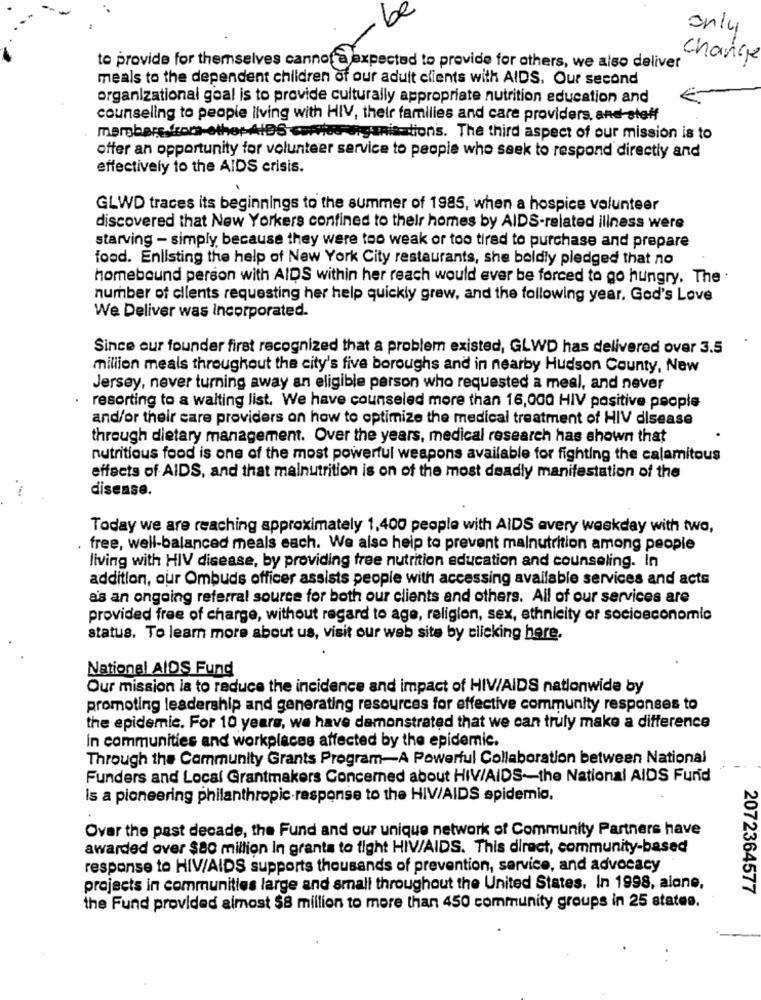
be
3
Change
to provide for themselves cannot à expected to provide for others, we also deliver
meals to the dependent children of our adult clients with AIDS. Our second
organizational goal is to provide culturally appropriate nutrition education and
counseling to people living with HIV, their families and care providers, and stoff
mergbare.from-other AIDS somlos organisation's. The third aspect of our mission is to
offer an opportunity for volunteer service to people who seek to respond directly and
effectively to the AIDS crisis.
GLWD traces its beginnings to the summer of 1985, when a hospice volunteer
discovered that New Yorkers confined to their homes by AIDS-related illness were
starving - simply because they were too weak or too tired to purchase and prepare
food. Enlisting the help of New York City restaurants, she boldly pledged that no
homebound person with AIDS within her reach would ever be forced to go hungry. The .
number of clients requesting her help quickly grew, and the following year. God's Love
We Deliver was Incorporated.
Since our founder first recognized that a problem existed, GLWD has delivered over 3.5
million meals throughout the city's five boroughs and in nearby Hudson County, New
Jersey, never turning away an eligible person who requested a meal, and never
resorting to a waiting list. We have counseled more than 16,000 HIV positive people
and/or their care providers on how to optimize the medical treatment of HIV disease
through dietary management. Over the years, medical research has shown that
nutritious food is one of the most powerful weapons available for fighting the calamitous
effects of AIDS, and that malnutrition is on of the most deadly manifestation of the
disease.
Today we are reaching approximately 1,400 people with AIDS avery weekday with two,
free, well-balanced meals each. We also help to prevent malnutrition among people
living with HIV disease, by providing free nutrition education and counseling. In
addition, our Ombuds officer assists people with accessing available services and acts
as an ongoing referral source for both our clients and others. All of our services are
provided free of charge, without regard to age, religion, sex, ethnicity or socioeconomic
status. To learn more about us, visit our web site by clicking here.
National AIDS Fund
Our mission la to reduce the incidence and impact of HIV/AIDS nationwide by
promoting leadership and generating resources for effective community responses to
the epidemic. For 10 years, we have demonstrated that we can truly make a difference
In communities and workplaces affected by the epidemic.
Through the Community Grants Program-A Powerful Collaboration between National
Funders and Local Grantmakers Concerned about HIV/AIDS -- the National AIDS Fund
Is a pioneering philanthropic-response to the HIV/AIDS epidemic.
Over the past decade, the Fund and our unique network of Community Partners have
awarded over $80 million In grants to fight HIV/AIDS. This direct, community-based
response to HIV/AIDS supports thousands of prevention, service, and advocacy
projects in communities large and small throughout the United States. In 1998, alone,
2072364577
the Fund provided almost $8 million to more than 450 community groups in 25 states.